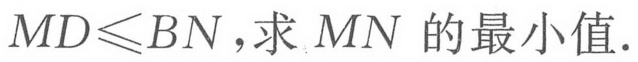
\(MD\leqslant BN\)，求 \(MN\) 的最小值.